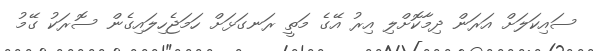
ސައިކަލަށް އަރަން ދިމާކޮށްލި އިރު އޭގެ މަތީ ރަނގަޅަށް ހަމަޖެހިލައިގެން ސޮރަކު ގޭމު